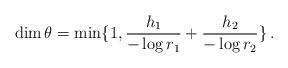
LaTeX: \begin{align*}\dim\theta=\min\{1,\frac{h_{1}}{-\log r_{1}}+\frac{h_{2}}{-\log r_{2}}\}\:.\end{align*}